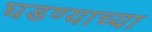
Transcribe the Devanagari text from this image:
घडण्याच्या